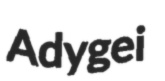
Adygei